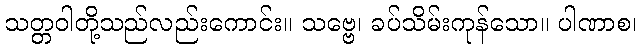
သတ္တဝါတို့သည်လည်းကောင်း။ သဗ္ဗေ၊ ခပ်သိမ်းကုန်သော။ ပါဏာစ၊